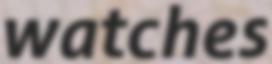
watches